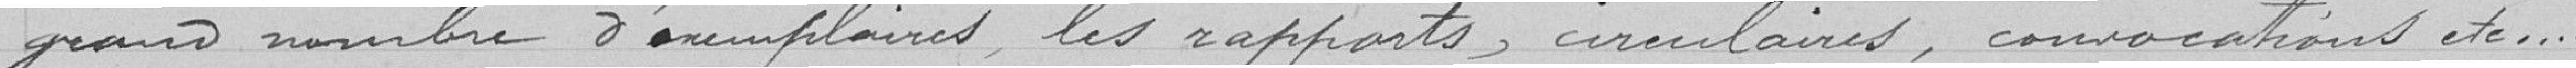
grand nombre d'exemplaires, les rapports, circulaires, convocations, etc...